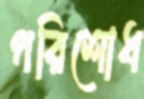
পরিশোধ